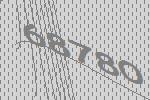
68780